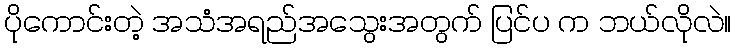
ပိုကောင်းတဲ့ အသံအရည်အသွေးအတွက် ပြင်ပ က ဘယ်လိုလဲ။